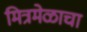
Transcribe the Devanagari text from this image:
मित्रमेळाचा